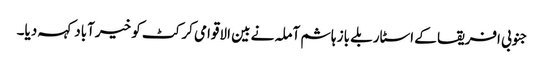
جنوبی افریقا کے اسٹار بلے باز ہاشم آملہ نے بین الاقوامی کرکٹ کو خیرآباد کہہ دیا۔